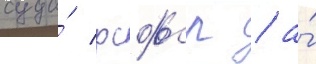
суда́ рсфср / а́